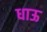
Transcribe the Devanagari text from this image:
धाऊ